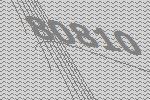
80810